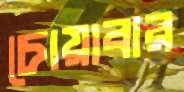
চোয়াবার